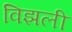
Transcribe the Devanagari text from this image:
विझली